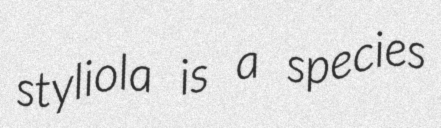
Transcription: styliola is a species